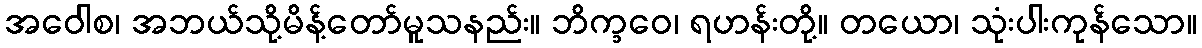
အဝေါစ၊ အဘယ်သို့မိန့်တော်မူသနည်း။ ဘိက္ခဝေ၊ ရဟန်းတို့။ တယော၊ သုံးပါးကုန်သော။